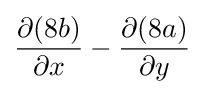
{{\partial (8b) \over \partial x}-{\partial (8a) \over \partial y}}